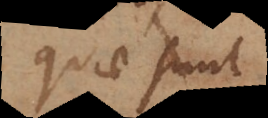
quam sint